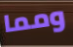
ومما